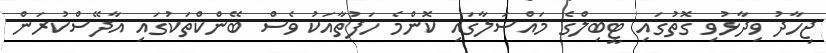
ޖިހާދު ވިދާޅުވި ގޮތުގައި ޓީބިލްގެ މައްސަލާގައި ކޮންމެ ހަފުތާއަކު ވެސް ބޭންކްތަކުގައި އާދޭސްކުރަން